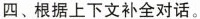
四、根据上下文补全对话。